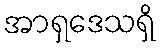
အာရှဒေသရှိ